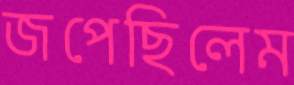
জপেছিলেম